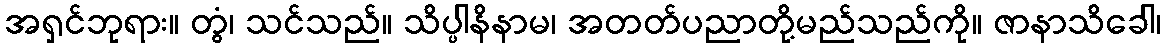
အရှင်ဘုရား။ တွံ၊ သင်သည်။ သိပ္ပါနိနာမ၊ အတတ်ပညာတို့မည်သည်ကို။ ဇာနာသိခေါ၊